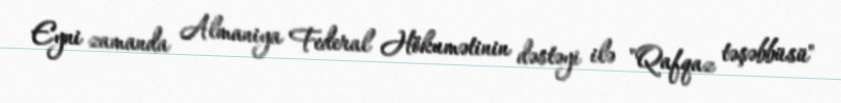
Eyni zamanda Almaniya Federal Hökumətinin dəstəyi ilə "Qafqaz təşəbbüsü"